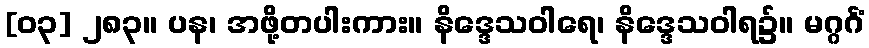
[၀၃] ၂၈၃။ ပန၊ အဖို့တပါးကား။ နိဒ္ဒေသဝါရေ၊ နိဒ္ဒေသဝါရ၌။ မဂ္ဂင်္ဂံ